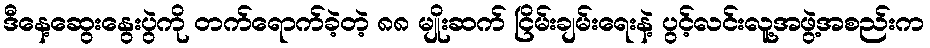
ဒီနေ့ဆွေးနွေးပွဲကို တက်ရောက်ခဲ့တဲ့ ၈၈ မျိုးဆက် ငြိမ်းချမ်းရေးနဲ့ ပွင့်လင်းလူ့အဖွဲ့အစည်းက